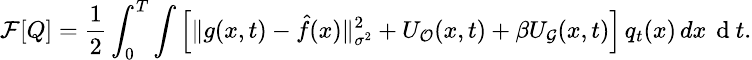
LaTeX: \small\mathcal{F}[Q]=\frac{1}{2}\int_{0}^{T}\int\Big[\| g(x,t)-\hat{f}(x)\| _{\sigma^{2}}^{2}+U_{\mathcal{O}}(x,t)+\beta U_{\mathcal{G}}(x,t)\Big]\, q_{t}(x)\, dx\, \mathrm{~d~}t.